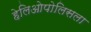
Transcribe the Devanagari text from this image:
हेलिओपोलिसला